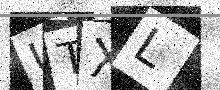
Text: UTXL